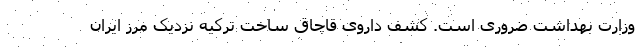
وزارت بهداشت ضروری است. کشف داروی قاچاق ساخت ترکیه نزدیک مرز ایران